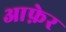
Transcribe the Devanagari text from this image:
आफ़ेर